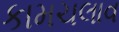
કામચલાવ